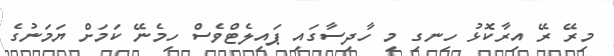
މިރޭ ރޭ އިރާކޮޅު ހިނގި މި ހާދިސާގައި ޕައިލެޓްވެސް ހިމެނޭ ކަމަށް ޔަމަނުގެ